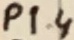
Text: P1.4